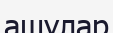
ашулар